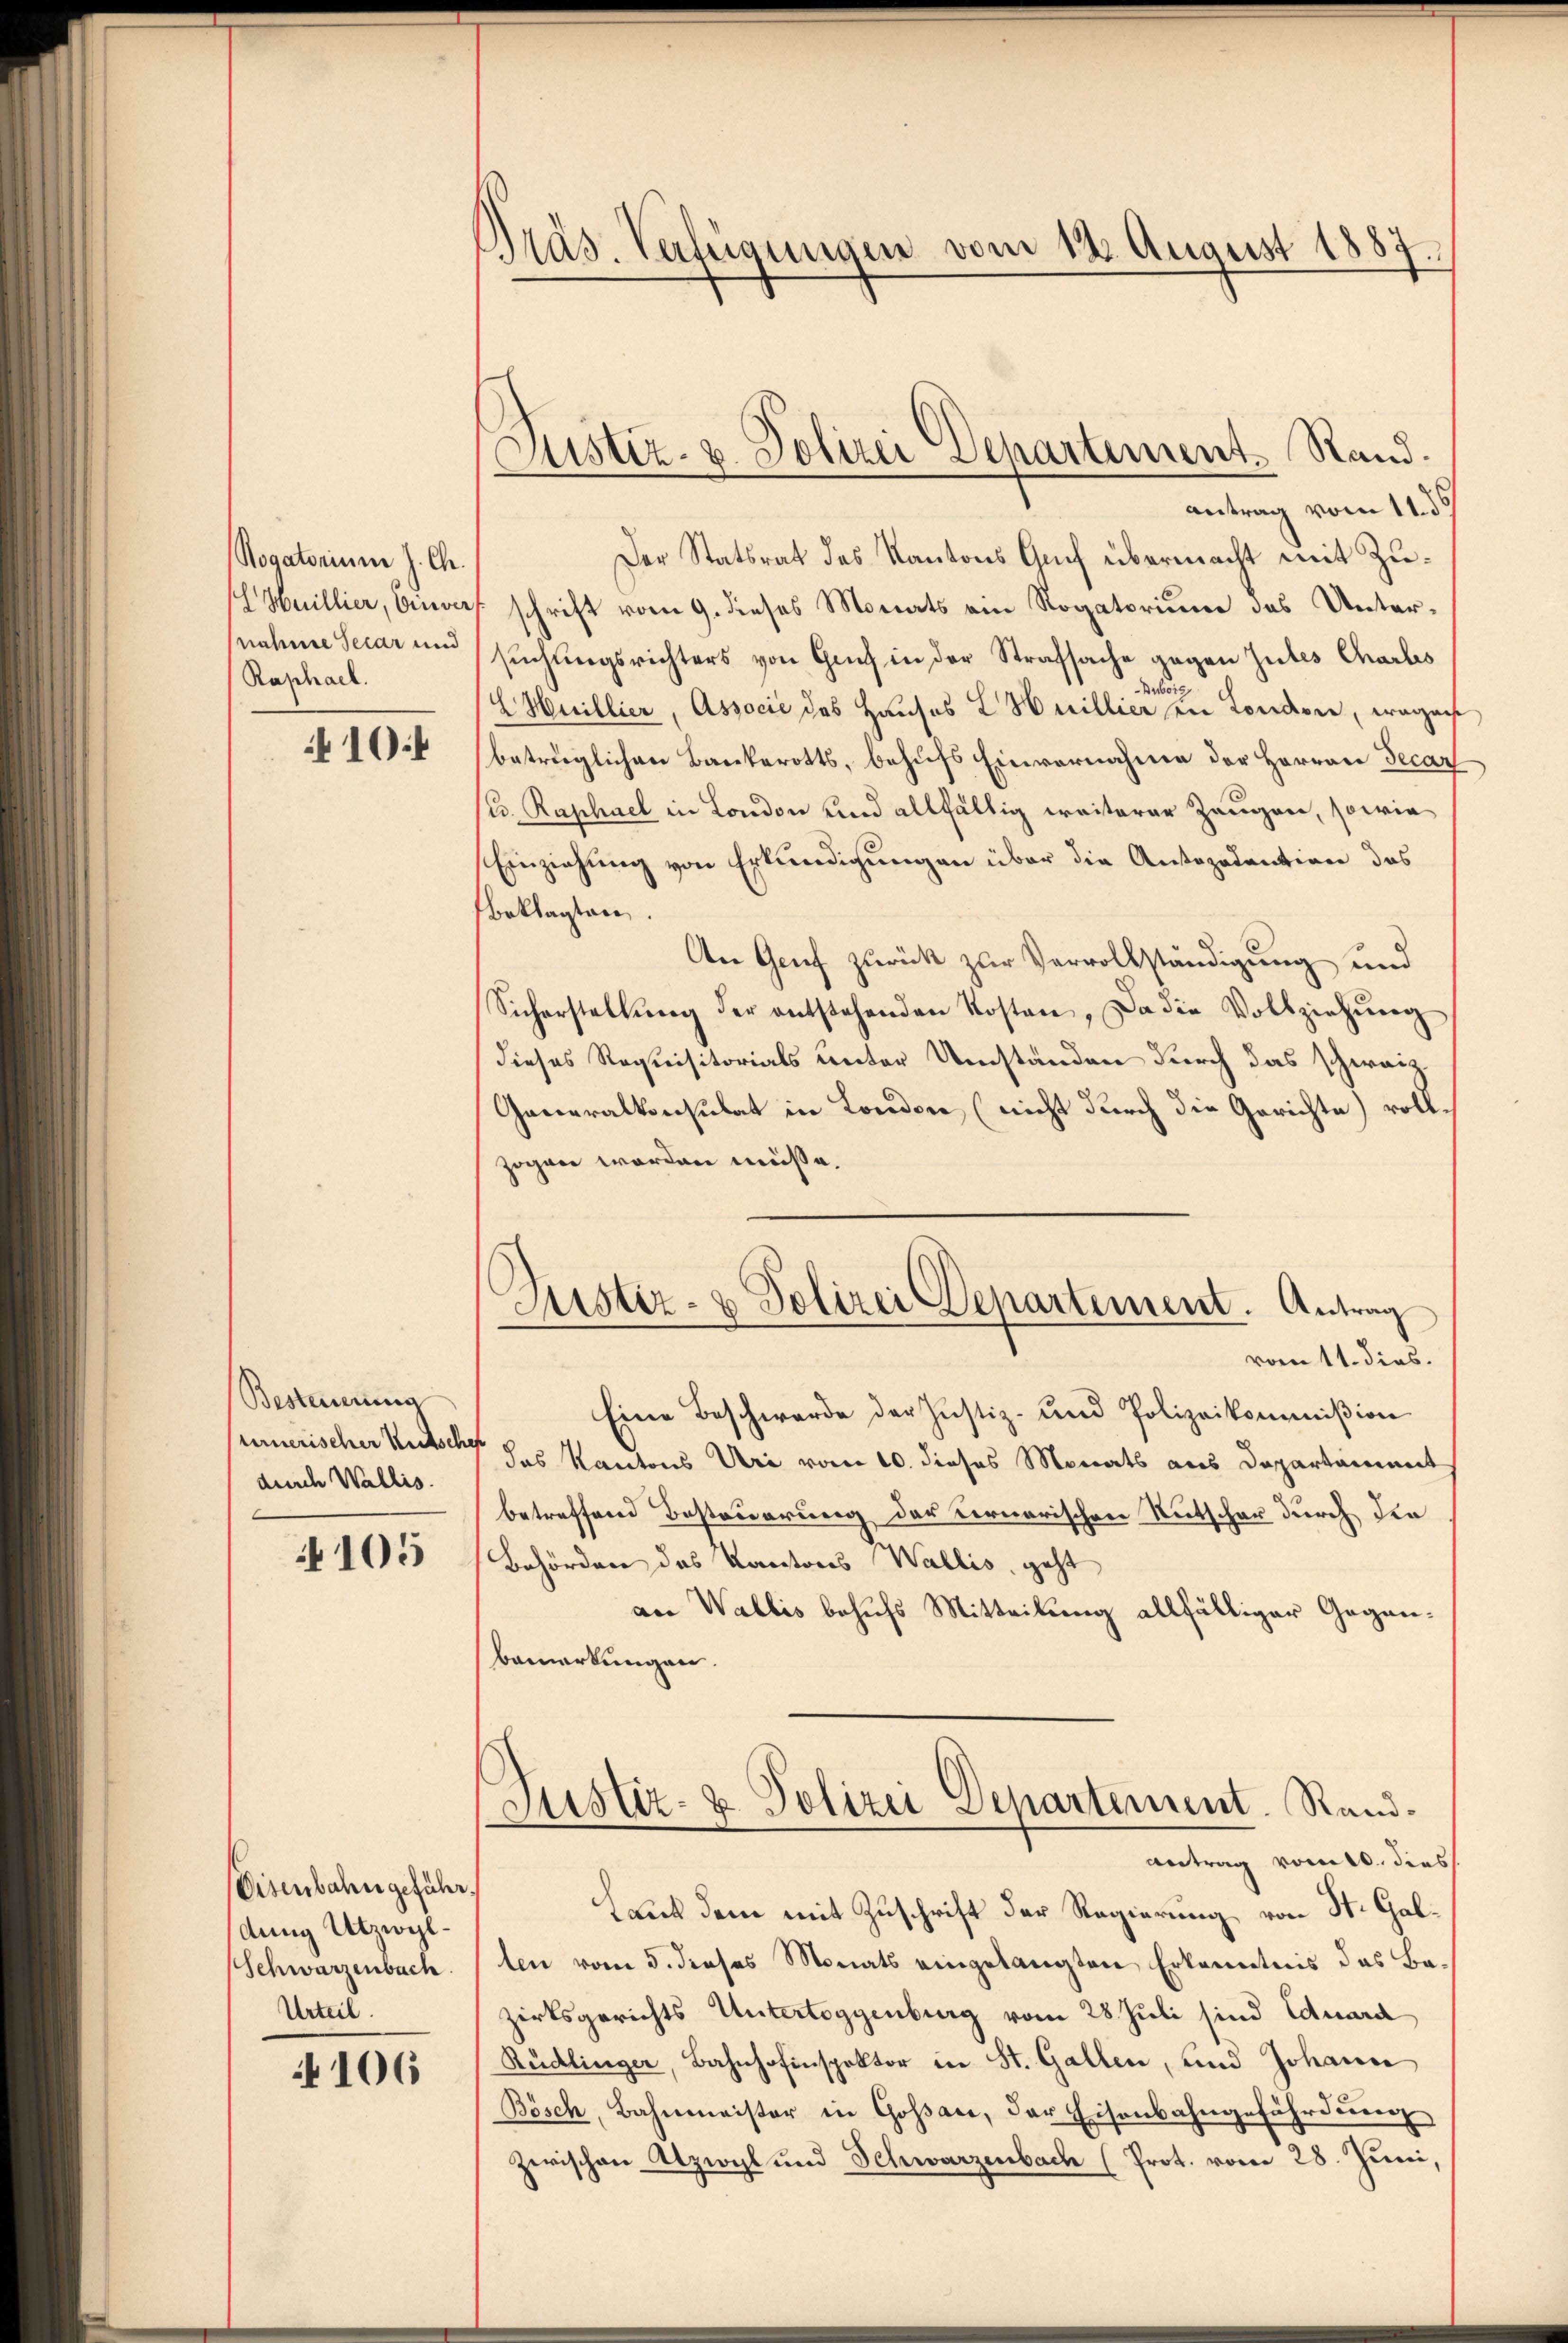
Rogatorium J. Ch.
Heillier, Einver
nahme Secar und
Raphael.

10

Besteuerung
urnerischer Rutschen
durch Wallis.

105

Eisenbahn gefähr
dung Utzwel¬
Schwarzenbach
Urteil.

4106

Pras. Verfügungen vom 12. August 1887,

Justiz- u. Polizei Separtement. Stand.

antrag vom 11. ds
Der Statsrat des Kantons Guf übermacht mit Zuschrift vom 9. dieses Monats ein Rogatorium des Untersuchungsrichters von Gach in der Strafsache gegen Gutes Charles
esorg
HHuillier, Associe des Hauses L. Heillier in Condivin, wegens
betrüglichen Bankerotts, behufs Einvernahme der Herren Decar
(u. Raphael in London und allfältig weiterer Zeugen, sowie
Einziehung von Erkundigungen über die Antozadention des
beklagten,
An Genf zurück zur Vervollständigung und
Sicherstellŭng der entstehenden Kosten, Da die Vollziehung
dieses Requisitorials unter Umständen durch das schweiz
Generalkonsulat in London (nicht durch die Gerichte) vollzogen worden müsse.
Justiz- & Polizei Departement. Antrag
vom 11. dies.
Eine Beschwerde der Justiz- und Polizeikommißion
das Kantons Uri vom 10. dieses Monats aus Departament
betreffend Besteuerung der Fernerischen Rutschar durch den
Behörden das Kantons Wallis, geht
an Wallis behufs Mitteilung allfälliger Gegen¬
Bemerkungen.

Antrag vom 10. dies
Laut dem mit Zuschrift der Regierung von St. Galten vom 5. dieses Monats eingelangten Erkenntnis das Bazirksgerichts Untertoggenburg vom 28. Juli sind Eduard
Rüdlinger, Bahnhofenspektor in St. Gallen, und Johann
Bösch, Bahnmeister in Gossar, der Eisenbahngefährdung
zwischen Utzwyl und Schwarzenbach (Prot. vom 28. Juni,

Justiz- & Polizei Departement. Rand¬